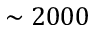
\sim 2 0 0 0